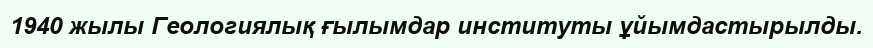
1940 жылы Геологиялық ғылымдар институты ұйымдастырылды.